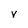
Character: V